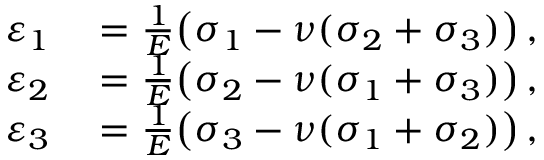
\begin{array} { r l } { \varepsilon _ { 1 } } & { { } = { \frac { 1 } { E } } { \big ( } \sigma _ { 1 } - \nu ( \sigma _ { 2 } + \sigma _ { 3 } ) { \big ) } \, , } \\ { \varepsilon _ { 2 } } & { { } = { \frac { 1 } { E } } { \big ( } \sigma _ { 2 } - \nu ( \sigma _ { 1 } + \sigma _ { 3 } ) { \big ) } \, , } \\ { \varepsilon _ { 3 } } & { { } = { \frac { 1 } { E } } { \big ( } \sigma _ { 3 } - \nu ( \sigma _ { 1 } + \sigma _ { 2 } ) { \big ) } \, , } \end{array}